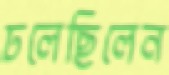
ঢলেছিলেন